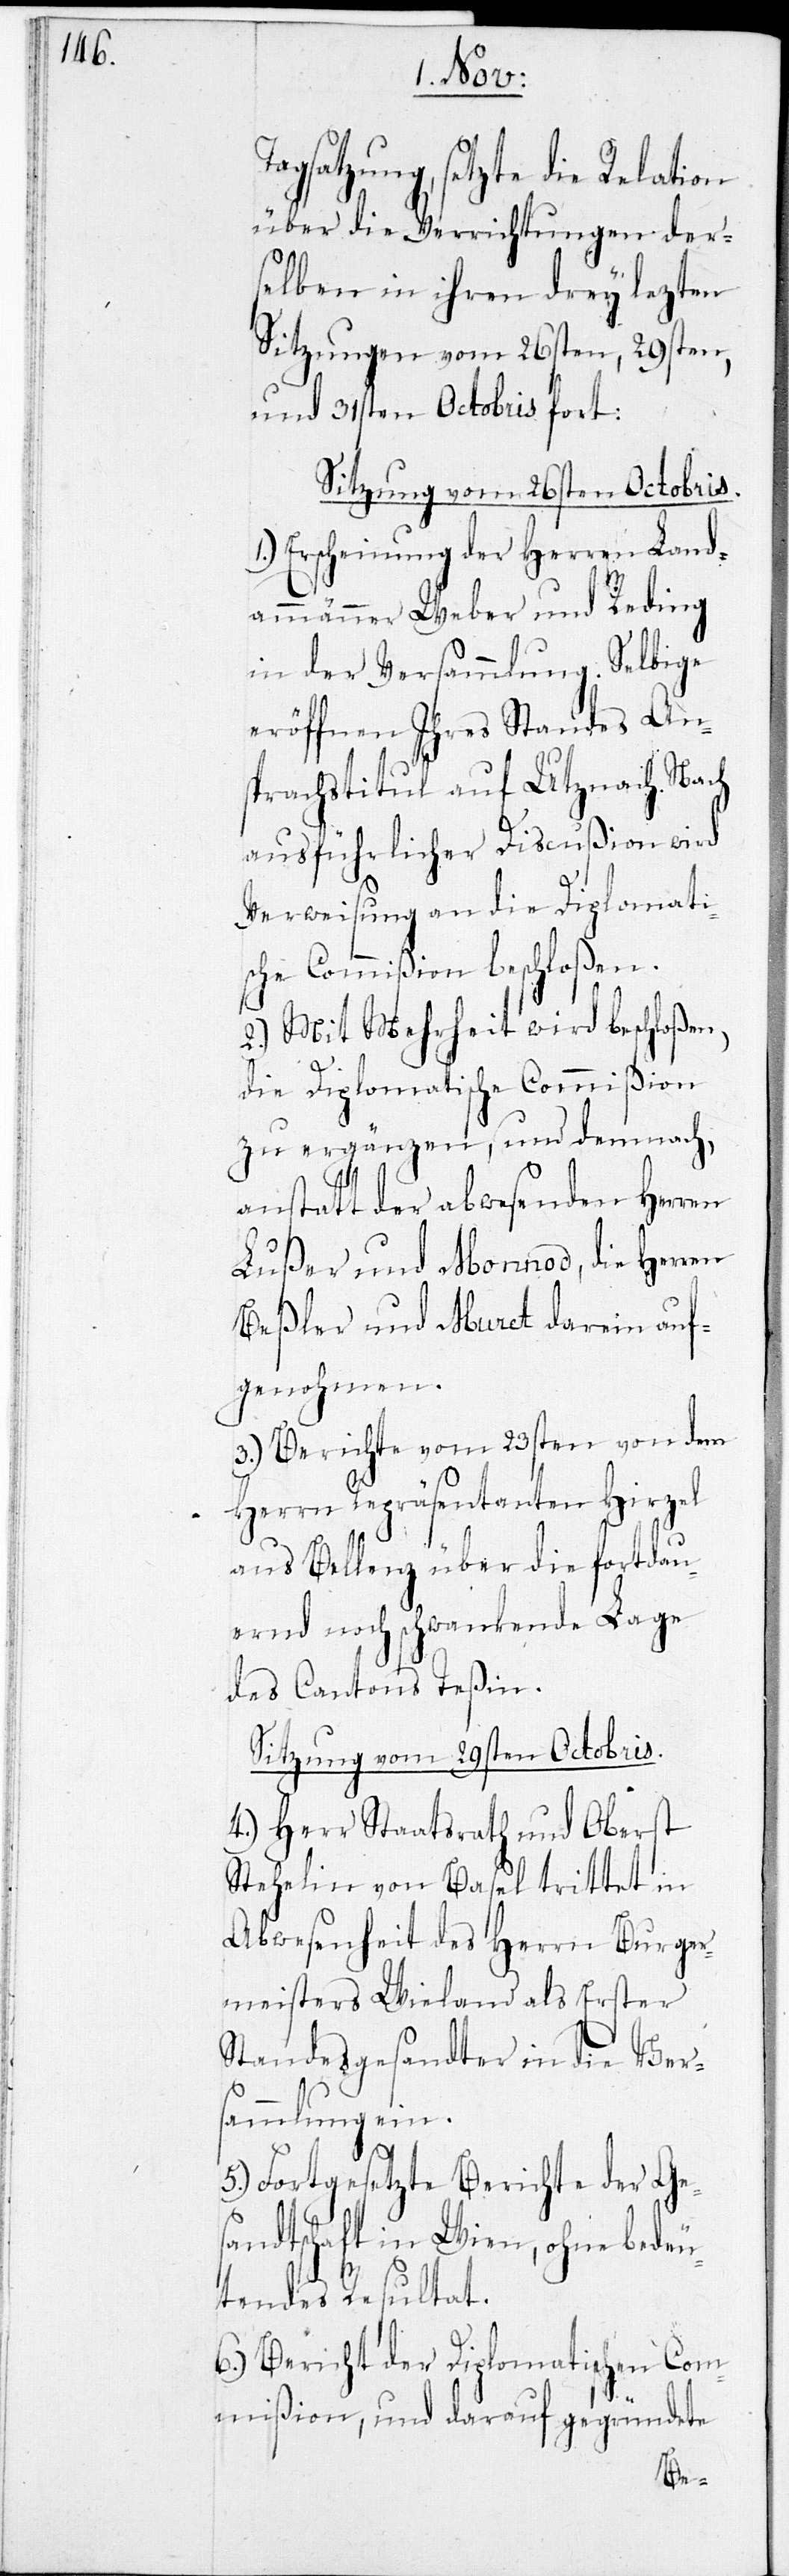
Tagsatzung, setzte die Relation
über die Verrichtungen der¬
selben in ihren drey lezten
Sitzungen vom 26sten, 29sten,
und 31sten Octobris fort:
Sitzung vom 26sten Octobris.
Erscheinung der Herren Land¬
ammänner Weber und Reding
in der Versammlung. Selbige
eröffnen Ihres Standes Ans¬
prachstitul auf Utznach. Nach
ausführlicher Discußion wird
Verweisung an die Diplomati¬
sche Commißion beschloßen.
2.) Mit Mehrheit wird beschloßen,
die Diplomatische Commißion
zu ergänzen, und demnach,
1.)
anstatt der abwesenden Herren
Lußer und Monnod, die Herren
Beßler und Muret darin auf¬
genohmen.
3.) Berichte vom 23sten von dem
Herrn Repräsentanten Hirzel
aus Bellenz über die fortdau¬
ernd noch schwankende Lage
des Cantons Teßin.
Sitzung vom 29sten Octobris.
4.) Herr Staatsrath und Oberst
Stehelin von Basel trittet in
Abwesenheit des Herrn Burger¬
meisters Wieland als Erster
Standesgesandter in die Vers¬
ammlung ein.
5.) Fortgesetzte Berichte der Ge¬
sandtschaft in Wien, ohne bedeu¬
tendes Resultat.
6.) Bericht der Diplomatischen Com¬
mißion, und darauf gegründete